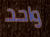
واحد